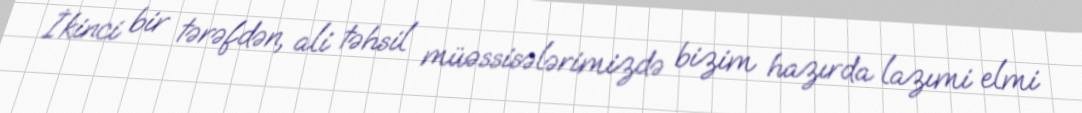
İkinci bir tərəfdən, ali təhsil müəssisələrimizdə bizim hazırda lazımi elmi